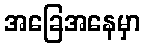
အခြေအနေမှာ